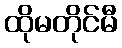
ထိုမတိုင်မီ